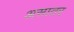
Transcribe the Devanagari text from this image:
असातर